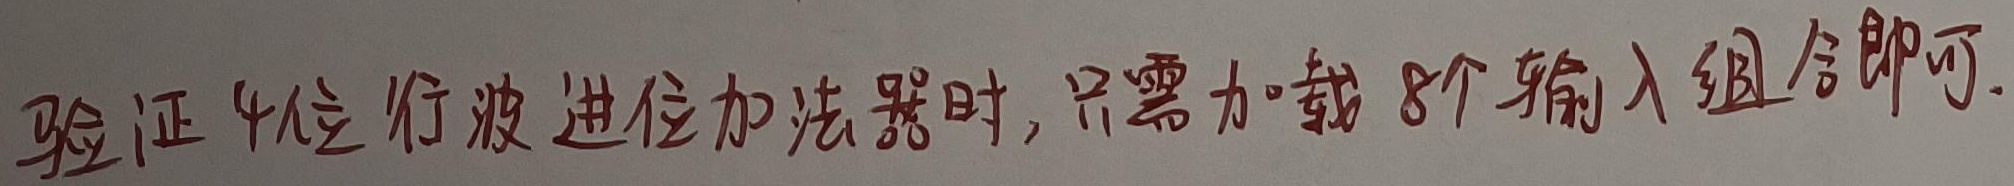
验证4位行波进位加法器时，只需加载8个输入组合即可。